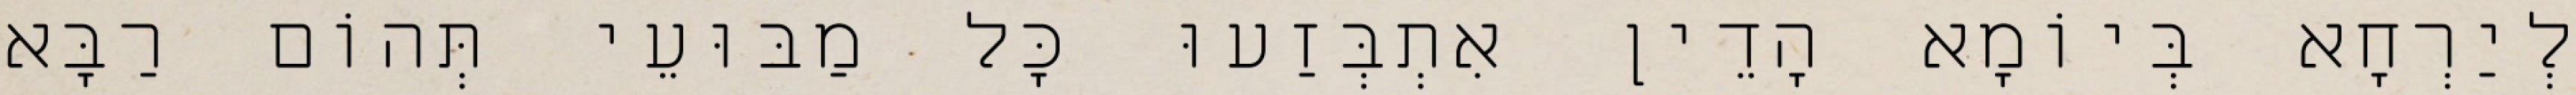
לְיַרְחָא בְּיוֹמָא הָדֵין אִתְבְּזַעוּ כָּל מַבּוּעֵי תְּהוֹם רַבָּא